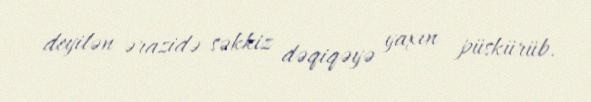
deyilən ərazidə səkkiz dəqiqəyə yaxın püskürüb.